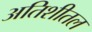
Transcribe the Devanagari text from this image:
अतिशीतल